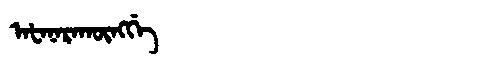
Manchu: ᠠᡶᠠᠨᠠᡵᠠᡴᡡᠩᡤᡝ
Romanization: AFANARAKŪNGGE